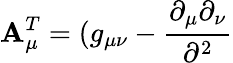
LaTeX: \mathbf{A}_{\mu}^{T}=(g_{\mu\nu}-\frac{{\partial_{\mu}\partial_{\nu}}}{{\partial^{2}}}